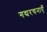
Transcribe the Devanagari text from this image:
गद्यरचनाएँ